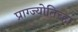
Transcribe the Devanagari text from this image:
प्राग्ज्योतिच्हा